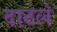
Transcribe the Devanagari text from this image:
दाटले